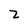
Character: 2